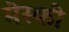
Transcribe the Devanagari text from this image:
मेस्की